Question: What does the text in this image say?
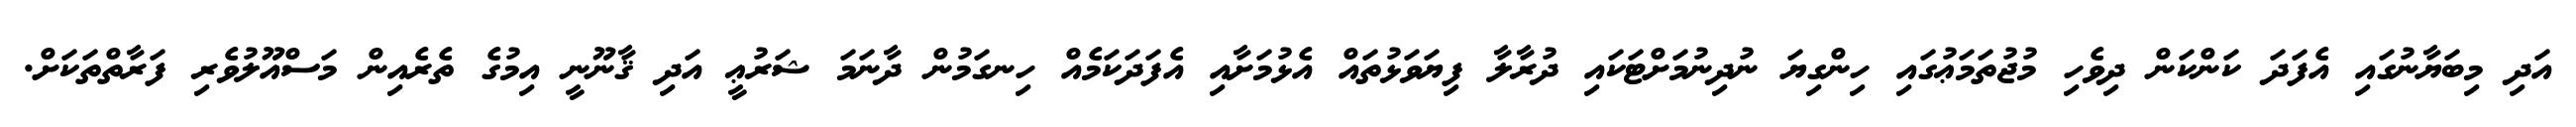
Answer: އަދި މިބަޔާނުގައި އެފަދަ ކަންކަން ދިވެހި މުޖުތަމަޢުގައި ހިންގިޔަ ނުދިނުމަށްޓަކައި ދުރާލާ ފިޔަވަޅުތައް އެޅުމަށާއި އެފަދަކަމެއް ހިނގަމުން ދާނަމަ ޝަރުޢީ އަދި ޤާނޫނީ އިމުގެ ތެރެއިން މަސްއޫލުވެރި ފަރާތްތަކަށް.